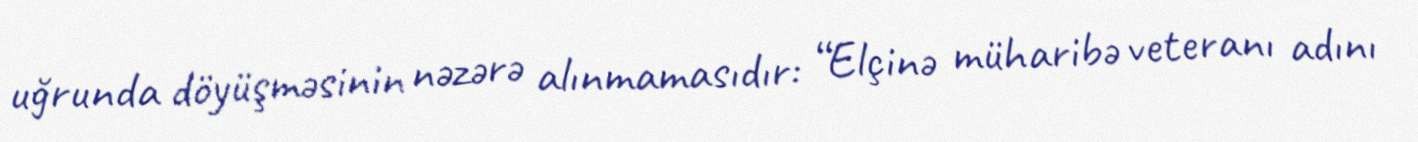
uğrunda döyüşməsinin nəzərə alınmamasıdır: “Elçinə müharibə veteranı adını